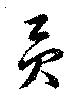
貢